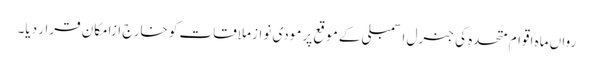
رواں ماہ اقوام متحدہ کی جنرل اسمبلی کے موقع پر مودی نواز ملاقات کو خارج ازامکان قرار دیا۔